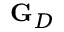
\mathbf { G } _ { D }